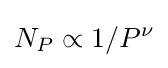
N_{P}\propto 1/P^{\nu }